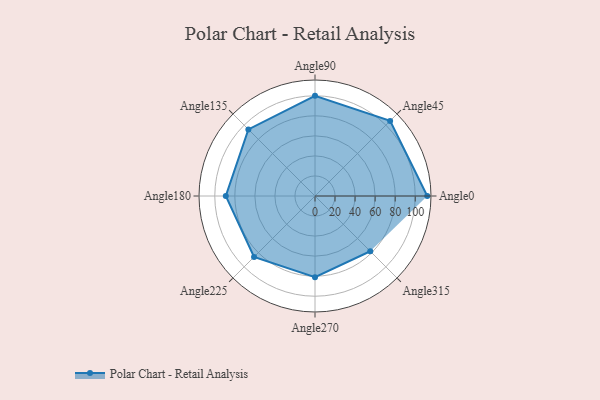
{"axis": {"x": "Angle", "y": "Radius"}, "legend": [""], "data": [{"x": "Angle0", "y": 112.0, "type": ""}, {"x": "Angle45", "y": 106.0, "type": ""}, {"x": "Angle90", "y": 100.0, "type": ""}, {"x": "Angle135", "y": 94.0, "type": ""}, {"x": "Angle180", "y": 89.0, "type": ""}, {"x": "Angle225", "y": 86.0, "type": ""}, {"x": "Angle270", "y": 81.0, "type": ""}, {"x": "Angle315", "y": 78.0, "type": ""}]}